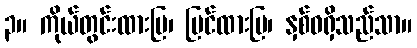
၃။ ကိုယ်တွင်းထားပြ၊ ပြင်ထားပြ၊ နှစ်ဝရှိသည်သာ။